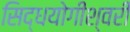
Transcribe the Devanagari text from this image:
सिद्धयोगीश्वरी